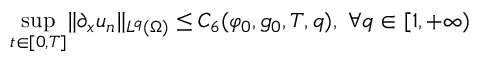
\operatorname* { s u p } _ { t \in [ 0 , T ] } \lVert \partial _ { x } u _ { n } \rVert _ { L ^ { q } ( \Omega ) } \leq C _ { 6 } ( \varphi _ { 0 } , g _ { 0 } , T , q ) , \ \forall q \in [ 1 , + \infty )